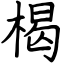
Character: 楬